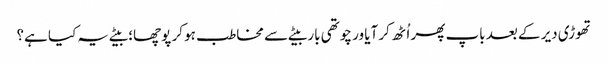
تھوڑی دیر کے بعد باپ پھر اُٹھ کر آیا ور چوتھی بار بیٹے سے مخاطب ہو کر پوچھا؛ بیٹے یہ کیا ہے؟